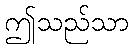
ဤသည်သာ